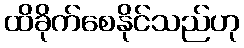
ထိခိုက်စေနိုင်သည်ဟု